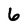
Character: 6